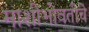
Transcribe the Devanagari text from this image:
माशीभोवतीचे